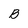
Character: B